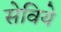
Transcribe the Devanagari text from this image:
सेविये